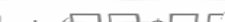
: